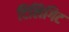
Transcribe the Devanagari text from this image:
टिलिगिट